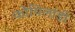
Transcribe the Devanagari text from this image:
कोयिलांडी